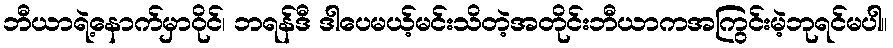
ဘီယာရဲ့နောက်မှာဝိုင်၊ ဘရန်ဒီ ဒါပေမယ့်မင်းသိတဲ့အတိုင်းဘီယာကအကြွင်းမဲ့ဘုရင်မပါ။